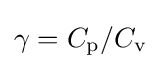
\gamma ={C_{\text{p}}}/{C_{\text{v}}}